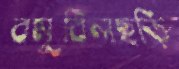
বমুবিলছড়ি